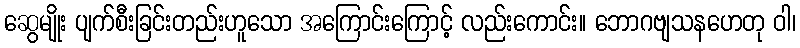
ဆွေမျိုး ပျက်စီးခြင်းတည်းဟူသော အကြောင်းကြောင့် လည်းကောင်း။ ဘောဂဗျသနဟေတု ဝါ၊